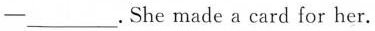
-___.She made a card for her.